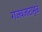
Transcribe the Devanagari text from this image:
गजबजाटामुळे